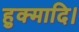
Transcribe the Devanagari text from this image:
हुक्मादि।